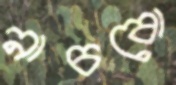
নাচবো